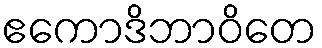
ဧကောဒိဘာဝိတေ